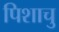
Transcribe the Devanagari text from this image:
पिशाचु